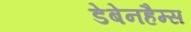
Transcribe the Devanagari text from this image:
डेबेनहैम्स